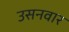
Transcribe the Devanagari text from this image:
उसनवार